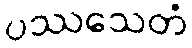
ပဿသေတံ